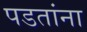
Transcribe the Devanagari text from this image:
पडतांना